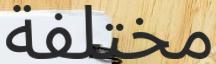
مختلفة